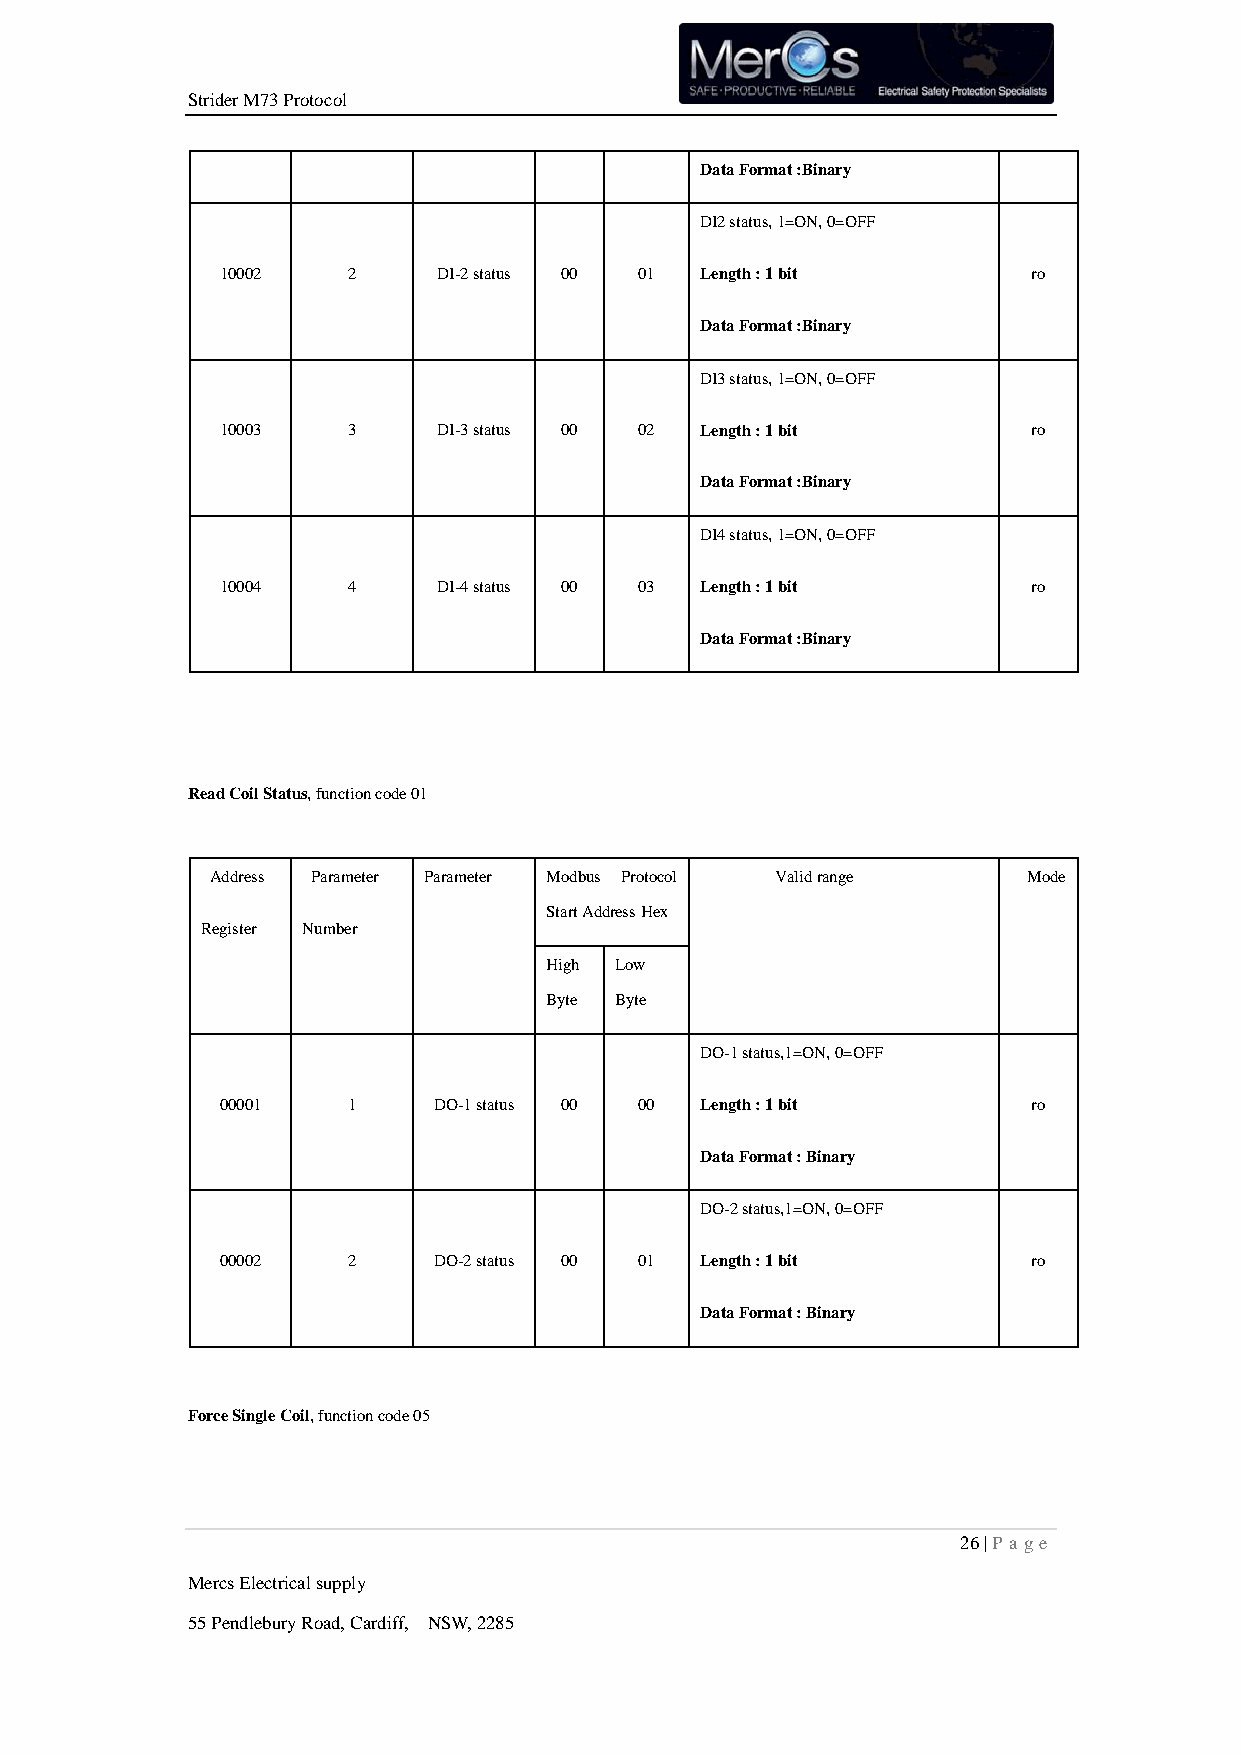
Strider M73 Protocol
 Data Format :Binary
 DI2 status, 1=ON, 0=OFF
 10002   2     DI-2 status 00 01 Length : 1 bit       ro
 Data Format :Binary
 DI3 status, 1=ON, 0=OFF
 10003   3     DI-3 status 00 02 Length : 1 bit       ro
 Data Format :Binary
 DI4 status, 1=ON, 0=OFF
 10004   4     DI-4 status 00 03 Length : 1 bit       ro
 Data Format :Binary
 Read Coil Status, function code 01
 Address Parameter Parameter Modbus Protocol Valid range Mode
 Start Address Hex
 Register Number
 High Low
 Byte Byte
 DO-1 status,1=ON, 0=OFF
 00001   1     DO-1 status 00 00 Length : 1 bit       ro
 Data Format : Binary
 DO-2 status,1=ON, 0=OFF
 00002   2     DO-2 status 00 01 Length : 1 bit       ro
 Data Format : Binary
 Force Single Coil, function code 05
 26 | P age
 Mercs Electrical supply
 55 Pendlebury Road, Cardiff, NSW, 2285